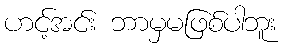
ဟင့်အင်း ဘာမှမဖြစ်ပါဘူး